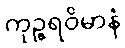
ကုဉ္ဇရဝိမာနံ